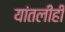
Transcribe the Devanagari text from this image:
यांतलीही